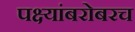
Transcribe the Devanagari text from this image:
पक्ष्यांबरोबरच